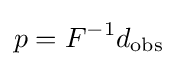
p=F^{-1}d_{\text{obs}}